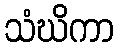
သံဃိကာ